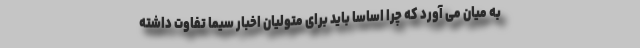
به میان می آورد که چرا اساسا باید برای متولیان اخبار سیما تفاوت داشته